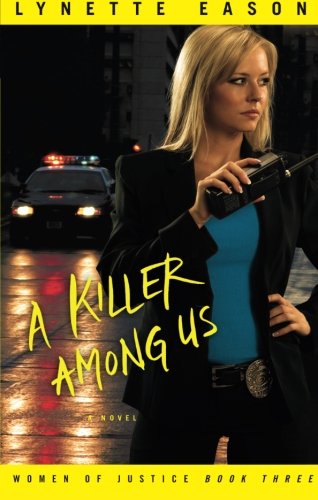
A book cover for A Killer Among Us: A Novel (Women of Justice) (Volume 3); Lynette Eason; Romance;